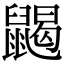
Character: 𪕭